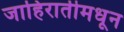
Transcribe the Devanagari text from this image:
जाहिरातीमधून